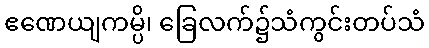
ဧဏေယျကမ္ပိ၊ ခြေလက်၌သံကွင်းတပ်သံ